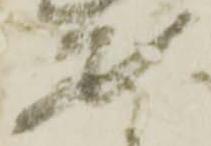
安